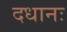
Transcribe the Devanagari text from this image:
दधानः